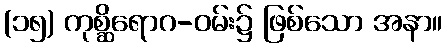
(၁၅) ကုစ္ဆိရောဂ-ဝမ်း၌ ဖြစ်သော အနာ။